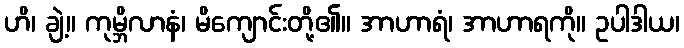
ဟိ၊ ချဲ့။ ကုမ္ဘိလာနံ၊ မိကျောင်းတို့၏။ အာဟာရံ၊ အာဟာရကို။ ဥပါဒါယ၊